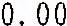
0.00